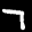
Label: 7